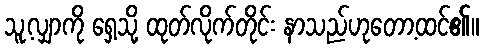
သူ့လျှာကို ရှေ့သို့ ထုတ်လိုက်တိုင်း နာသည်ဟုတော့ထင်၏။